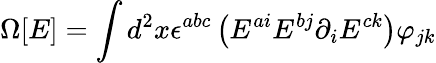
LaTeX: \Omega[E]=\int d^{2}x\epsilon^{abc}\left(E^{ai}E^{bj}\partial_{i}E^{ck}\right)\varphi_{jk}